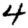
Digit: 4